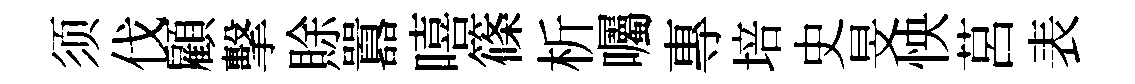
须伐顧擊賖囂嘻篠析囑專培史旻怏莒表